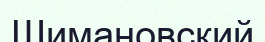
Шимановский